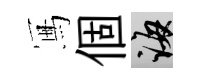
冩個誨